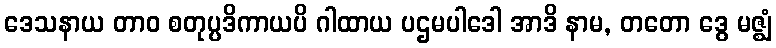
ဒေသနာယ တာဝ စတုပ္ပဒိကာယပိ ဂါထာယ ပဌမပါဒေါ အာဒိ နာမ, တတော ဒွေ မဇ္ဈံ